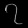
Digit: ၇